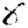
Digit: 8